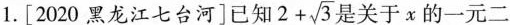
1. [2020黑龙江七台河] 已知 $$2 + \sqrt { 3 }$$ 是关于x的一元二